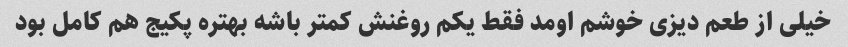
خیلی از طعم دیزی خوشم اومد فقط یکم روغنش کمتر باشه بهتره پکیج هم کامل بود